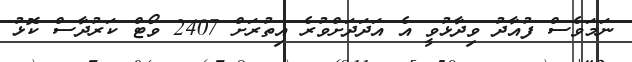
ނަމަވެސް ފުއާދު ވިދާޅުވީ އެ އަދަދަށްވުރެ އިތުރަށް 2407 ވޯޓް ކަރުދާސް ކޮޅު